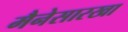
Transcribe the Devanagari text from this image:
मैनेसारखा